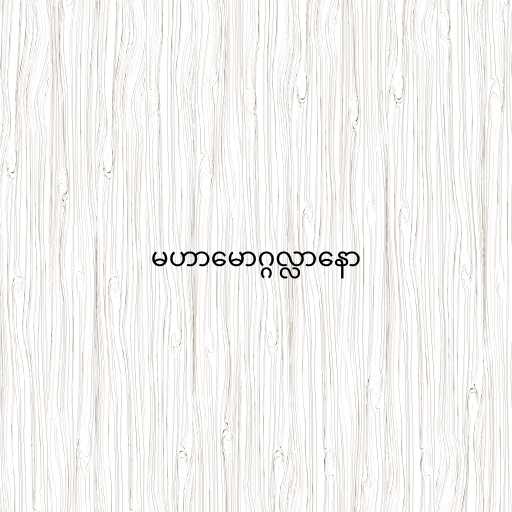
မဟာမောဂ္ဂလ္လာနော